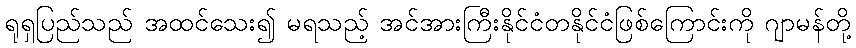
ရုရှပြည်သည် အထင်သေး၍ မရသည့် အင်အားကြီးနိုင်ငံတနိုင်ငံဖြစ်ကြောင်းကို ဂျာမန်တို့